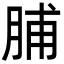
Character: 脯